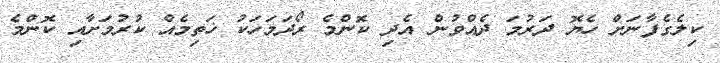
ކިލެގެފާނަށް ހެޔޮ ދަރުމަ ދެއްވުން އެދި ކޮންމެ ރޯދަމަހަކު ޚަތިމެއް ކުރުމަށާއި ކޮންމެ